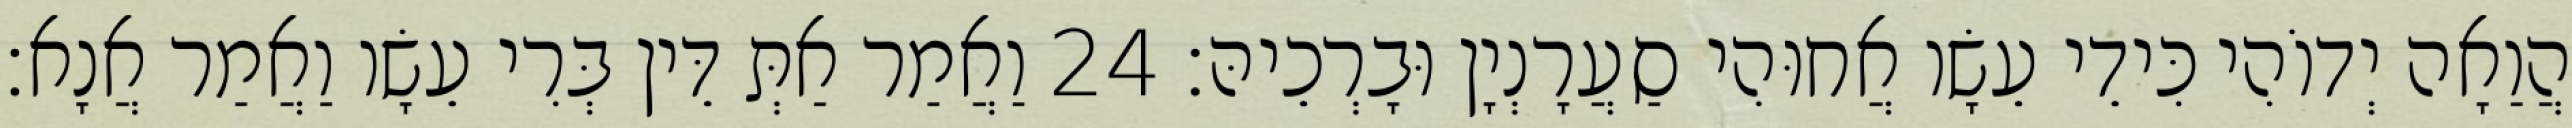
הֲוַאָה יְדוֹהִי כִּידֵי עֵשָׂו אֲחוּהִי סַעֲרָנְיָן וּבָרְכֵיהּ׃ 24 וַאֲמַר אַתְּ דֵּין בְּרִי עֵשָׂו וַאֲמַר אֲנָא׃